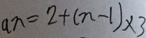
a n = 2 + ( n - 1 ) \times 3